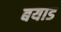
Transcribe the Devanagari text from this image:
बयाड